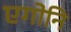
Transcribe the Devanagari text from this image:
एगोनि